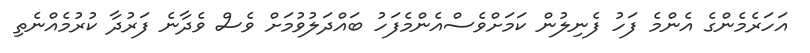
އަހަރެމެންގެ އެންމެ ފަހު ފެނިލުން ކަމަށްވެސްއެންމެފަހު ބައްދަލުވުމަށް ވެސް ވެދާނެ ފަރުދާ ކުރުމެއްނެތި